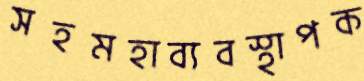
সহমহাব্যবস্থাপক